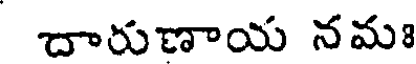
చారుణాయ నమః